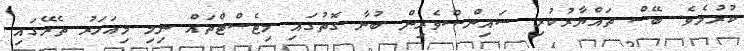
ކުރުމެވެ. ބޭސް ތައްޔާރުކުރި ސައިންސްވެރިން ބުނާ ގޮތުގައި މިޓެސްޓްތައް ނިމި މިއަހަރު ތެރޭގައި